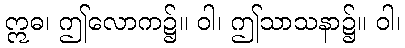
ဣဓ၊ ဤလောက၌။ ဝါ၊ ဤသာသနာ၌။ ဝါ၊